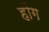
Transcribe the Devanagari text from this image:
हौग